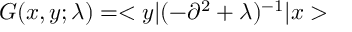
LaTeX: G ( x , y ; \lambda ) = < y | ( - \partial ^ { 2 } + \lambda ) ^ { - 1 } | x >